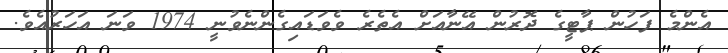
އެންމެ ފަހުން ޕާޓީގެ ދޮރުން އޭނާއަށް އެތެރެ ވެވަޑައިގެންނެވުނީ 1974 ވަނަ އަހަރުއެވެ.